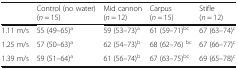
<table><thead><tr><td></td><td><b>Control (no water)(<i>n</i> = 15)</b></td><td><b>Mid cannon(<i>n</i> = 12)</b></td><td><b>Carpus(<i>n</i> = 15)</b></td><td><b>Stifle(<i>n</i> = 12)</b></td></tr></thead><tbody><tr><td>1.11 m/s</td><td>55 (49–65)<sup>a</sup></td><td>59 (53–73)<sup>a</sup></td><td>61 (59–71)<sup>bc</sup></td><td>67 (63–74)<sup>c</sup></td></tr><tr><td>1.25 m/s</td><td>57 (50–63)<sup>a</sup></td><td>62 (54–73)<sup>b</sup></td><td>68 (62–76) <sup>bc</sup></td><td>67 (66–77)<sup>c</sup></td></tr><tr><td>1.39 m/s</td><td>59 (51–64)<sup>a</sup></td><td>61 (56–74)<sup>b</sup></td><td>67 (63–75)<sup>bc</sup></td><td>69 (65–78)<sup>c</sup></td></tr></tbody></table>